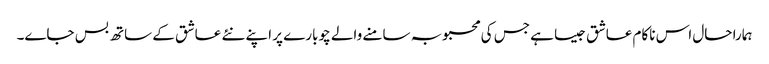
ہمارا حال اس ناکام عاشق جیسا ہے جس کی محبوبہ سامنے والے چوبارے پر اپنے نئے عاشق کے ساتھ بس جاے۔